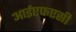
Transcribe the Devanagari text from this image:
आईएफएसी